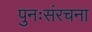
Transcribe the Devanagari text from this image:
पुनःसंरचना